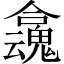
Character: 𡄬